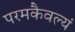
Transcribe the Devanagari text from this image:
परमकैवल्यं